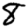
Digit: 8